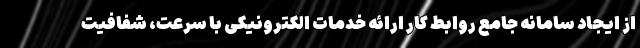
از ایجاد سامانه جامع روابط کار ارائه خدمات الکترونیکی با سرعت، شفافیت